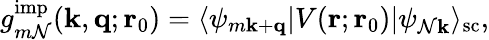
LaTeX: g_{m\mathcal{N}}^{\mathrm{{imp}}}(\mathbf{k},\mathbf{q};\mathbf{r}_{0})=\langle\psi_{m\mathbf{k}+\mathbf{q}}|V(\mathbf{r};\mathbf{r}_{0})|\psi_{\mathcal{N}\mathbf{k}}\rangle_{\mathrm{{sc}}},